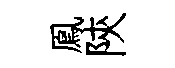
鳯陝